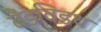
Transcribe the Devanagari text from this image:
बैंडविडथ